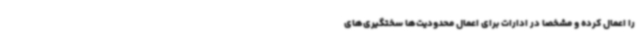
را اعمال کرده و مشخصا در ادارات برای اعمال محدودیت‌ها سختگیری‌های